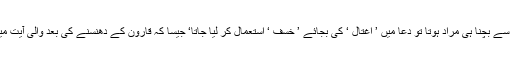
اگر صرف دھنسنے والی موت سے بچنا ہی مراد ہوتا تو دعا میں ’ اغتال ‘ کی بجائے ’ خسف ‘ استعمال کر لیا جاتا‘ جیسا کہ قارون کے دھنسنے کی بعد والی آیت میں اس لفظ استعمال کیا گیا ہے۔